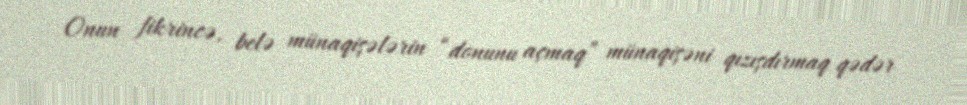
Onun fikrincə, belə münaqişələrin “donunu açmaq” münaqişəni qızışdırmaq qədər